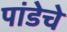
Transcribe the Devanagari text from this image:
पांडेचे